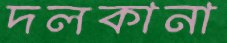
দলকানা